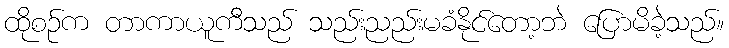
ထိုစဉ်က တာကာယူကီသည် သည်းညည်းမခံနိုင်တော့ဘဲ ပြောမိခဲ့သည်။